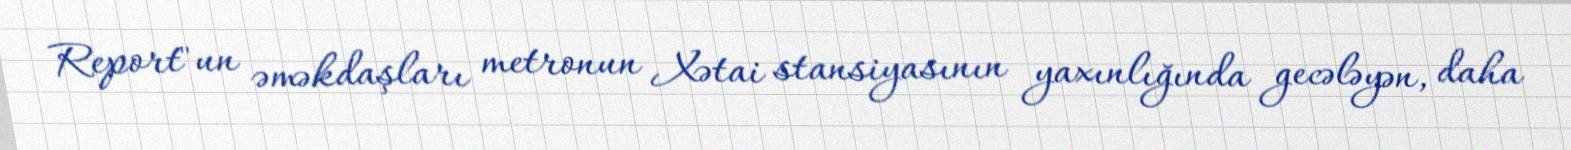
Report"un əməkdaşları metronun Xətai stansiyasının yaxınlığında gecələyən, daha